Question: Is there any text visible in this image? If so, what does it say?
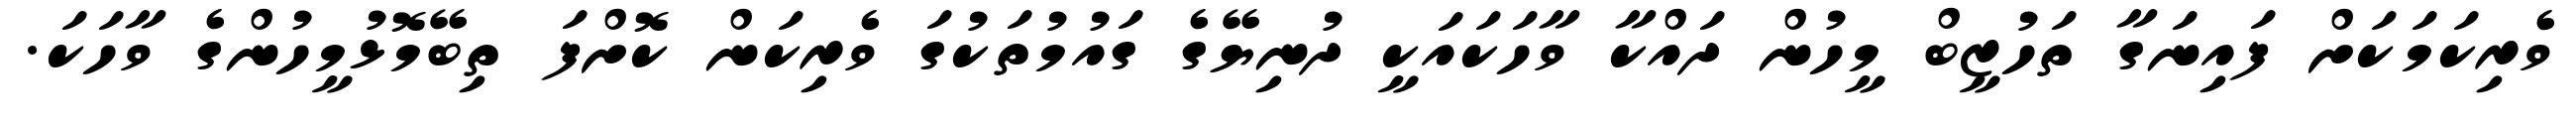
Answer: ވެރިކަމަކަށް ފައިނަގާ ތަހުޒީބް މީހުން ދައްކާ ވާހަކައަކީ ދުނިޔޭގެ ގައުމުތަކުގަ ވެރިކަން ކޮށްފަ ތިބޭމޮޅުމީހުންގެ ވާހަކަ.